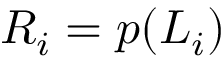
R _ { i } = p ( L _ { i } ) \,